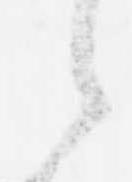
令